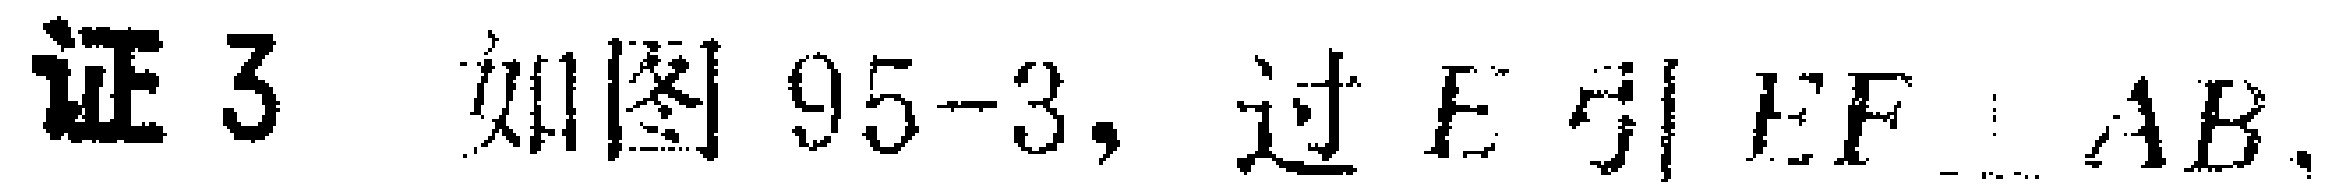
证 3 如图 95-3, 过 \(E\) 引 \(EF\perp AB\).